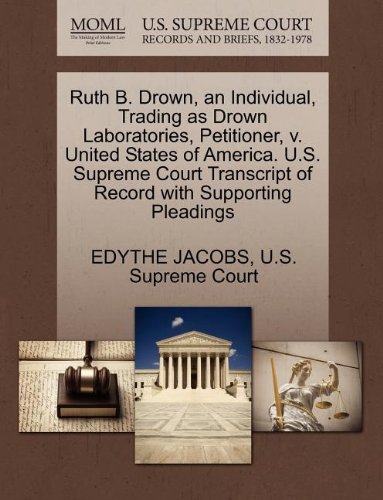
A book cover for Ruth B. Drown, an Individual, Trading as Drown Laboratories, Petitioner, v. United States of America. U.S. Supreme Court Transcript of Record with Supporting Pleadings; EDYTHE JACOBS; Law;